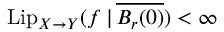
\mathrm { L i p } _ { X \to Y } ( f \, | \, \overline { { B _ { r } ( 0 ) } } ) < \infty